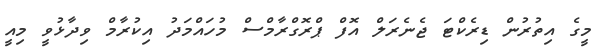
މީގެ އިތުރުން ޑިރެކްޓަ ޖެނެރަލް އޮފް ޕްރޮގްރާމްސް މުހައްމަދު އިކުރާމް ވިދާޅުވީ މިއީ